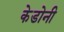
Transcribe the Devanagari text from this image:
केडोनी